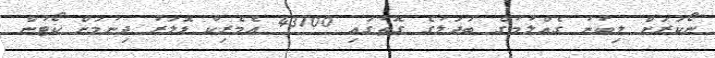
ނޯކަރަށް ލިބުނު ގެއްލުމުގެ ބަދަލުގެ ގޮތުގައި 43700 އެމެރިކާ ޑޮލަރު ދިނުމަށް ކޯޓުން